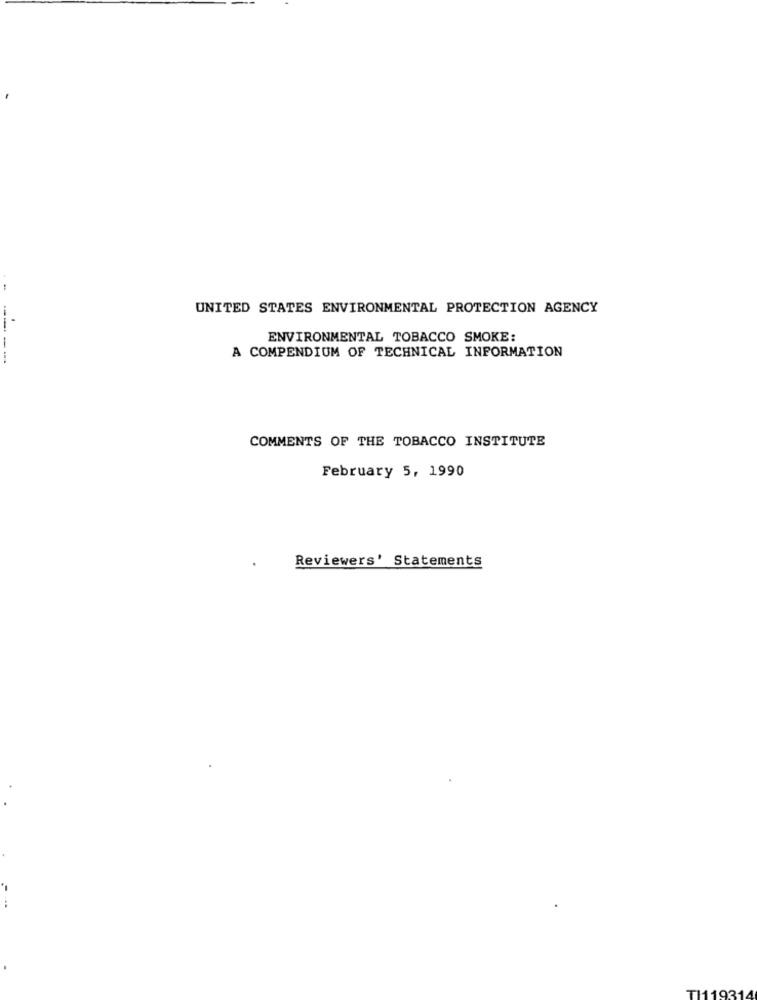
UNITED STATES ENVIRONMENTAL PROTECTION AGENCY
ENVIRONMENTAL TOBACCO SMOKE:
A COMPENDIUM OF TECHNICAL INFORMATION
COMMENTS OF THE TOBACCO INSTITUTE
February 5, 1990
Reviewers' Statements